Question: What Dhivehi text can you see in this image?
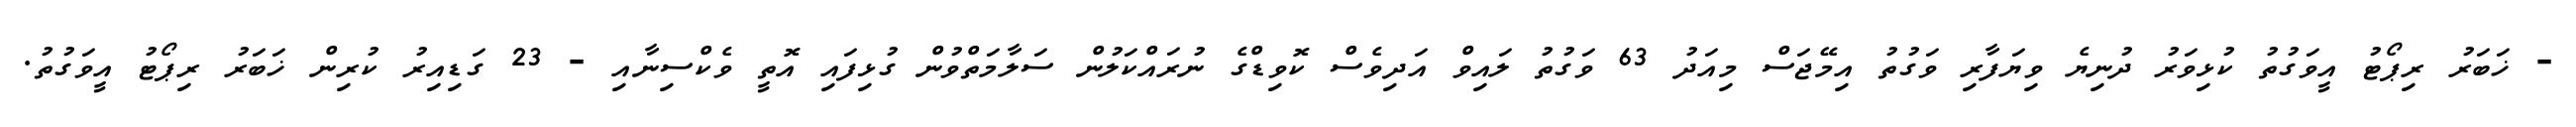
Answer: - ޚަބަރު ރިޕޯޓު އީވަގުތު ކުޅިވަރު ދުނިޔެ ވިޔަފާރި ވަގުތު އިމޭޖަސް މިއަދު 63 ވަގުތު ލައިވް އަދިވެސް ކޮވިޑްގެ ނުރައްކަލުން ސަލާމަތްވުން ގުޅިފައި އޮތީ ވެކްސިނާއި - 23 ގަޑިއިރު ކުރިން ޚަބަރު ރިޕޯޓު އީވަގުތު.